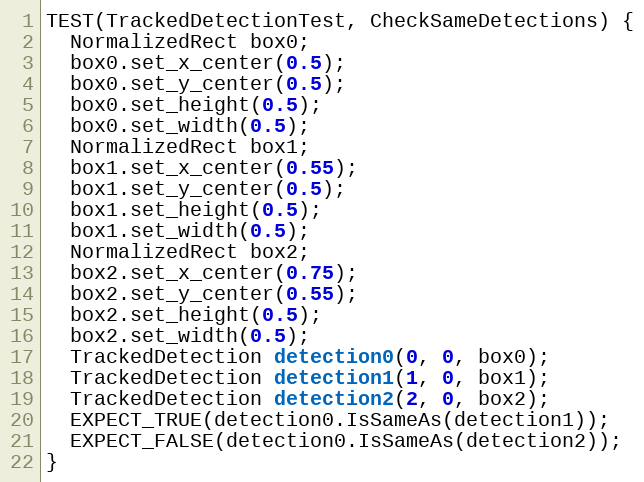
Language: C++
TEST(TrackedDetectionTest, CheckSameDetections) {
  NormalizedRect box0;
  box0.set_x_center(0.5);
  box0.set_y_center(0.5);
  box0.set_height(0.5);
  box0.set_width(0.5);
  NormalizedRect box1;
  box1.set_x_center(0.55);
  box1.set_y_center(0.5);
  box1.set_height(0.5);
  box1.set_width(0.5);
  NormalizedRect box2;
  box2.set_x_center(0.75);
  box2.set_y_center(0.55);
  box2.set_height(0.5);
  box2.set_width(0.5);
  TrackedDetection detection0(0, 0, box0);
  TrackedDetection detection1(1, 0, box1);
  TrackedDetection detection2(2, 0, box2);
  EXPECT_TRUE(detection0.IsSameAs(detection1));
  EXPECT_FALSE(detection0.IsSameAs(detection2));
}